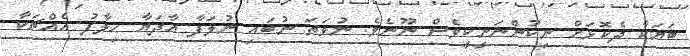
ބަޔަކާ ދެކޮޅަށް ނިކުންނަނީކީވެސް ނޫނެވެ. ނުވަތަ ނުބައި ނުލަފާ އާދަޔާ ހިލާފު އެއްޗަކާ